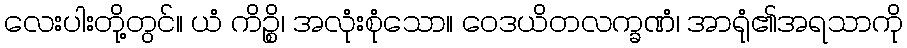
လေးပါးတို့တွင်။ ယံ ကိဉ္စိ၊ အလုံးစုံသော။ ဝေဒယိတလက္ခဏံ၊ အာရုံ၏အရသာကို